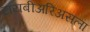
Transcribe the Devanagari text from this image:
टायबीअरिअसला